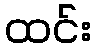
ထင်း